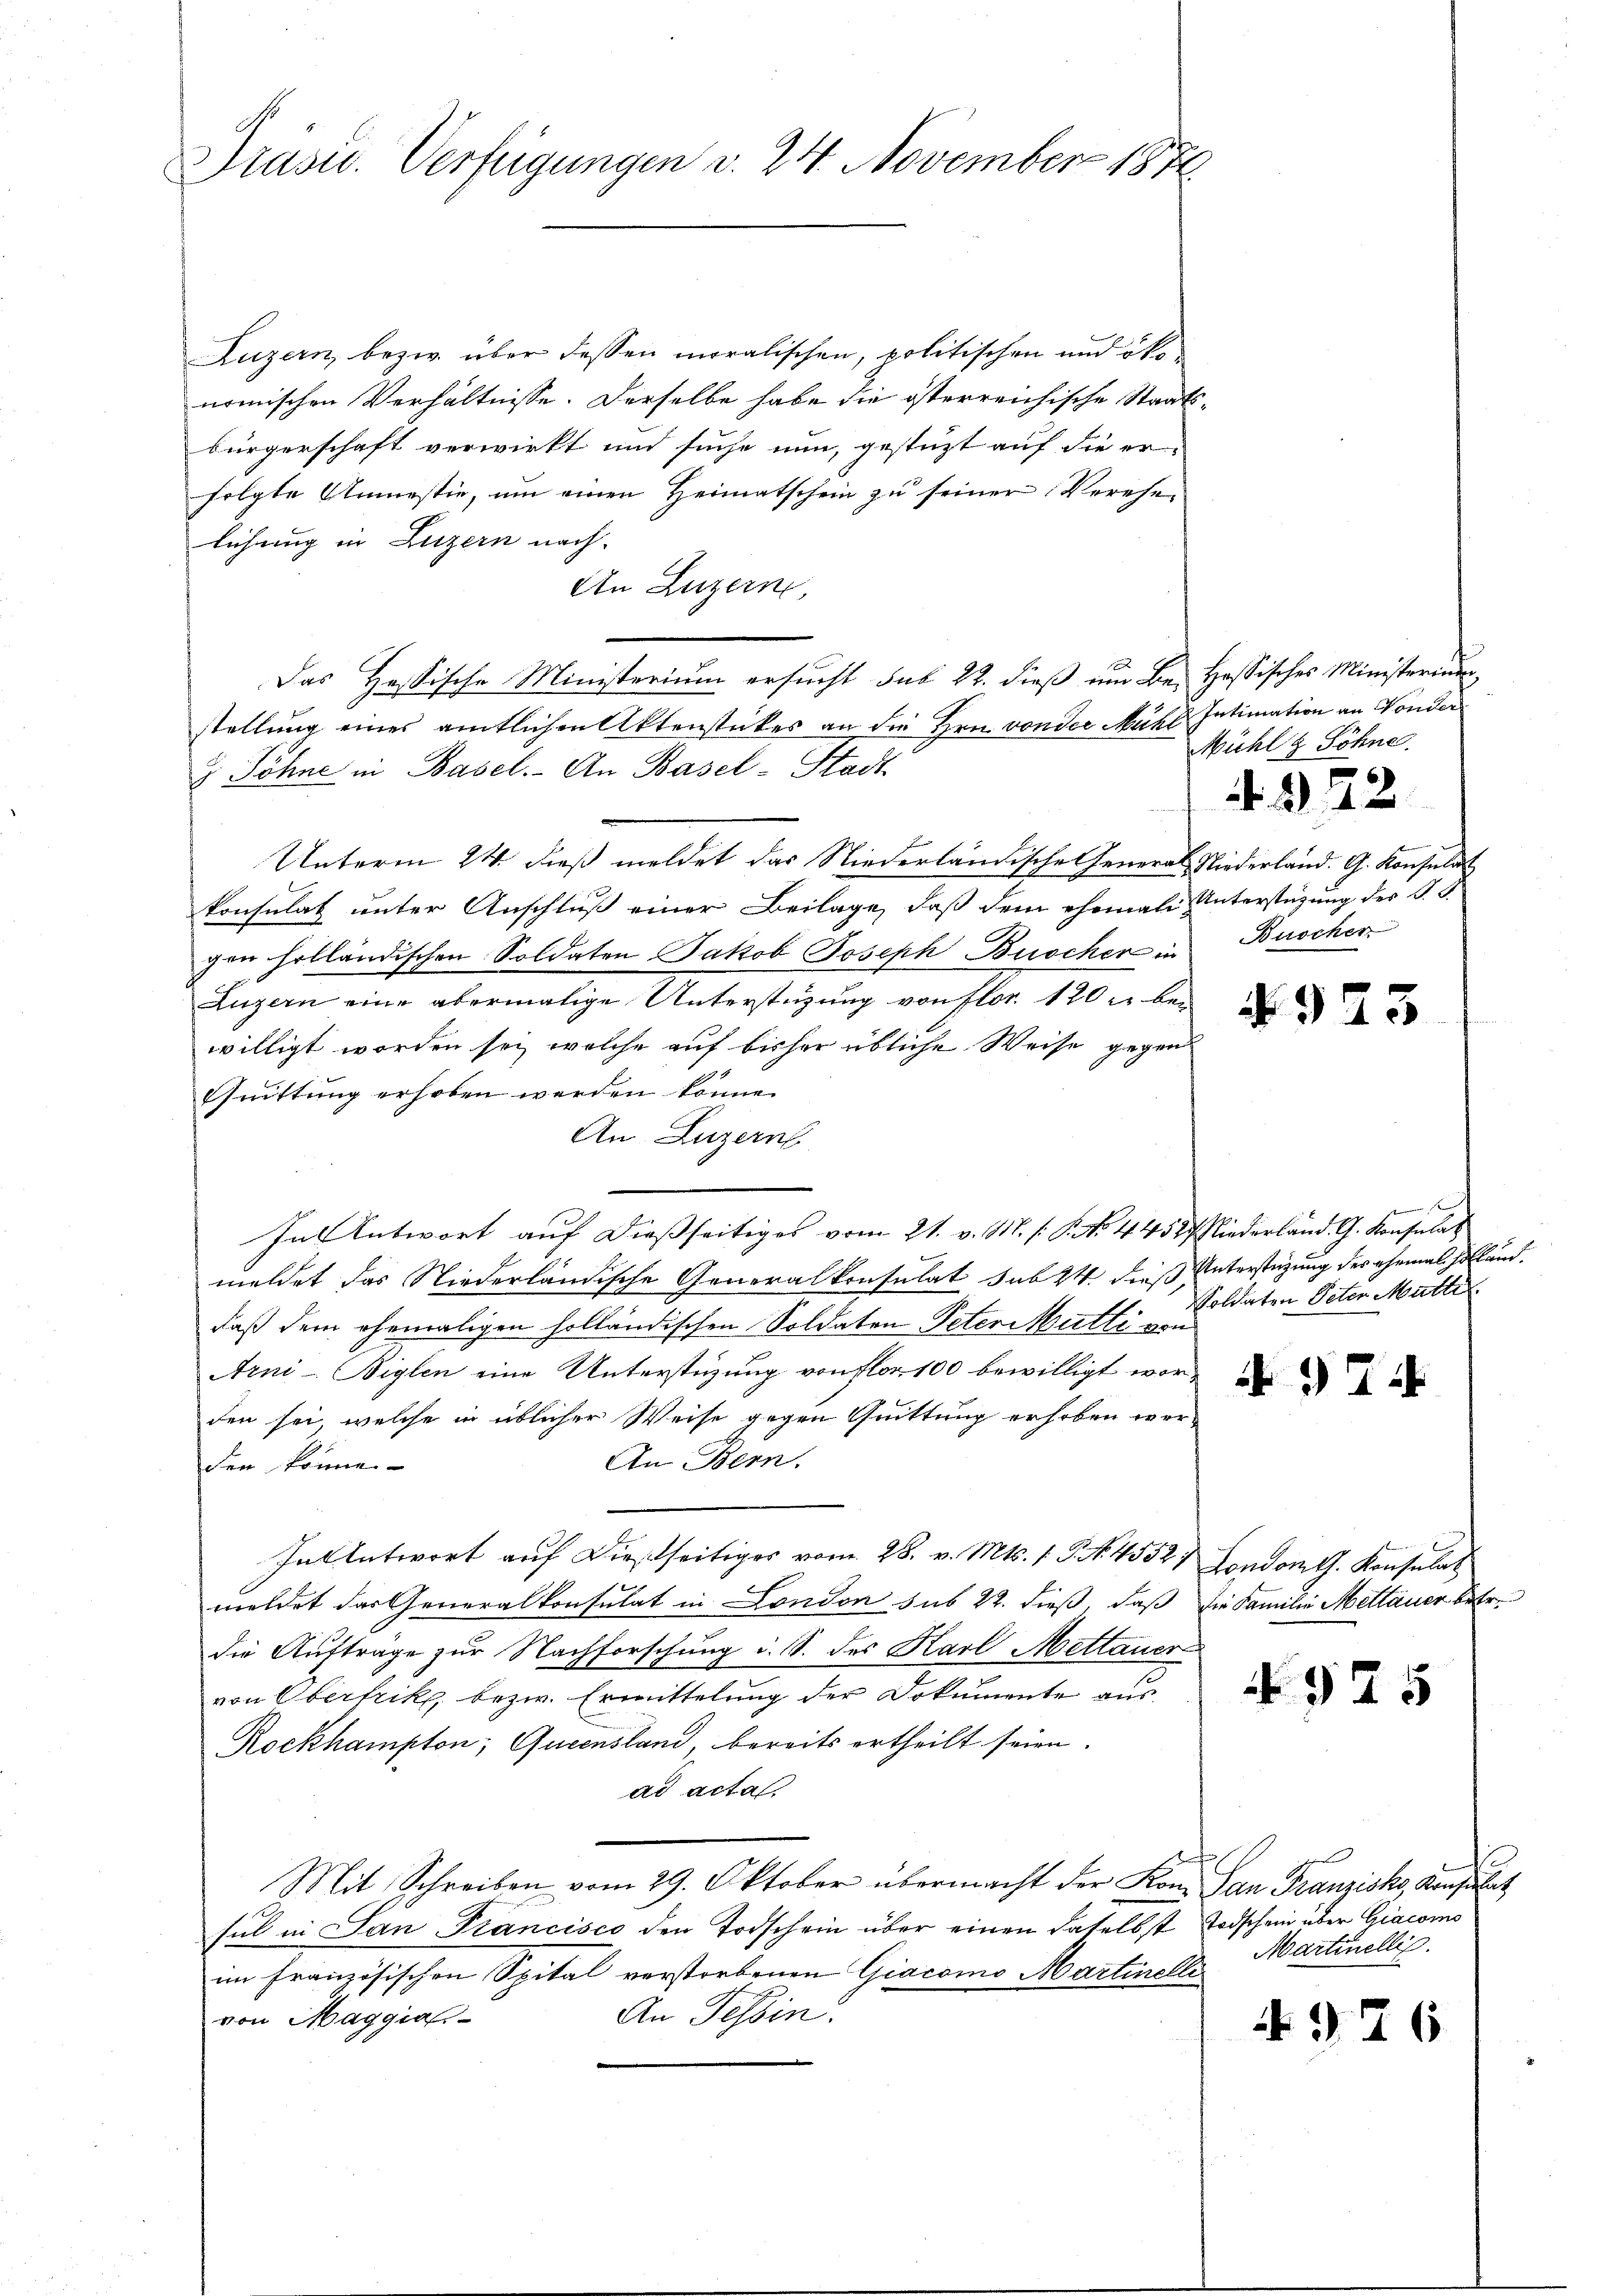
Präsid. Verfügungen v. 24. November 1876.

Luzern, bezw. über dessen moralischen, politischen und ökonomischen Verhältnisse. Derselbe habe die österreichische Staatsbürgerschaft verwirkt und suche nun, gestüzt auf die er-
folgte Unmestie, um einen Heimatschein zu seiner Verehe-
lichung in Luzern nach.
An Luzern,
Das Hassische Ministerium ersucht sub 22. dieß um Be- Hassisches Ministerium
stellung eines amtlichen Aktenstückes an die Hrn. von der Mühl Intimation an Vorder
& Söhne in Basel. An Basel-Stadt
Unterm 24. dieß meldet das Niederländische General Niederland. G. Konsulat
konsulat unter Anschluß einer Beilage, daß dem ehemals Unterstüzung des S. S.
gen holländischen Soldaten Jakob Joseph Buscher in Buscher
Luzern eine abermalige Unterstüzung von flor 120 u. bei
willigt worden sei, welche auf bisher übliche Weise gegen
Quittung erhoben werden könne.
An Luzern
In Antwort auf dießseitiges vom 21. v. M. s. S. No. 4452/ Niederland. G. Konsulat
meldet das Niederländische Generalkonsulat sub 24. dieß Unterstüzung des ehemal schlanddaß dem ehemaligen holländischen Soldaten Peter Mutti von
Arni-Biglen eine Unterstüzung von flor 100 bewilligt worden sei, welche in üblicher Weise gegen Quittung erhoben wer-
An Bern.
den könne.
In Antwort auf dießseitiges vom 28. v. Mts. 1. P. Nr. 4552. Londomth. Konsulat
meldet das Generalkonsulat in London sub 22. dieß, daß die Familie Mettauer betr.
die Aufträge zur Nachforschung i. S. des Karl Mettauer
von Oberfrik bezw. Ermittelung der Dokumente aus
Rockhampton; Queensland, bereits ertheilt seien.
ad acta
Mit Schreiben vom 29. Oktober übermacht der Koni San Franzisko, Konsulat
sul in San Francisco den Todschein über einen daselbst Todschein über Giacoms
im französischen Spital verstorbenen Giacomo Martinelle
An Tessin.
von Maggia

Mühl & Söhne.

4342.
f

4923

e
Soldaten Peter Mutte

97.

No 925

Martinellis.

4976